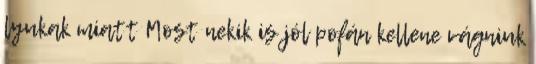
lyukak miatt Most nekik is jól pofán kellene vágniuk